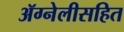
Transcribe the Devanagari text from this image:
ॲग्नेलीसहित